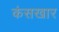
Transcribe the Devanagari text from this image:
कंसखार